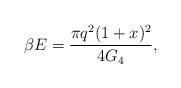
LaTeX: \begin{align*}\beta E = \frac{\pi q^2 (1+x)^2}{4 G_{4}},\end{align*}